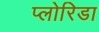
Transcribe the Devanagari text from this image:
प्लोरिडा